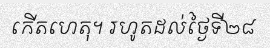
កើតហេតុ។ រហូតដល់ថ្ងៃទី២៨